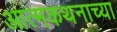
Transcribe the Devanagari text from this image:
आत्मकथनाच्या